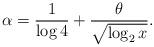
LaTeX: \begin{align*} \alpha = \frac{1}{\log 4} + \frac{\theta}{\sqrt{\log_2 x}}.\end{align*}